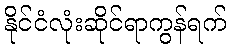
နိုင်ငံလုံးဆိုင်ရာကွန်ရက်